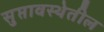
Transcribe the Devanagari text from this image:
सुप्तावस्थेतील